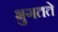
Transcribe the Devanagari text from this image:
भुगतते